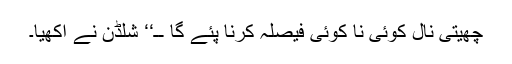
چھیتی نال کوئی نا کوئی فیصلہ کرنا پئے گا ــ‘‘ شلڈن نے آکھیا۔